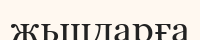
жьщдарға